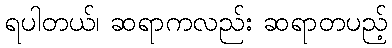
ရပါတယ်၊ ဆရာကလည်း ဆရာတပည့်